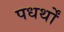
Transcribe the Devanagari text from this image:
पधर्थों